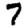
Digit: 7